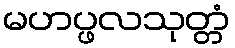
မဟပ္ဖလသုတ္တံ